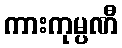
ကားကုမ္ပဏီ